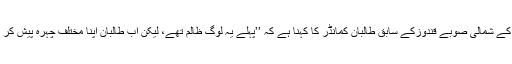
افغانستان کے شمالی صوبے قندوزکے سابق طالبان کمانڈر کا کہنا ہے کہ ’’پہلے یہ لوگ ظالم تھے، لیکن اب طالبان اپنا مختلف چہرہ پیش کر رہے ہیں۔